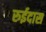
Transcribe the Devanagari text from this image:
रुईदास